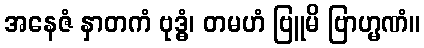
အနေဇံ နှာတကံ ဗုဒ္ဓံ၊ တမဟံ ဗြူမိ ဗြာဟ္မဏံ။